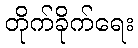
တိုက်ခိုက်ရေး